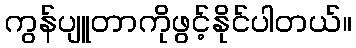
ကွန်ပျူတာကိုဖွင့်နိုင်ပါတယ်။